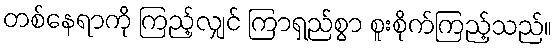
တစ်နေရာကို ကြည့်လျှင် ကြာရှည်စွာ စူးစိုက်ကြည့်သည်။